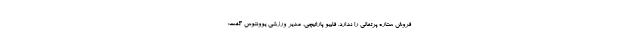
فروش ستاره پرتغالی را ندارد. فابیو پاراتیچی، مدیر ورزشی یوونتوس گفت: